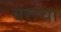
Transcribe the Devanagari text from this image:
बरूचा